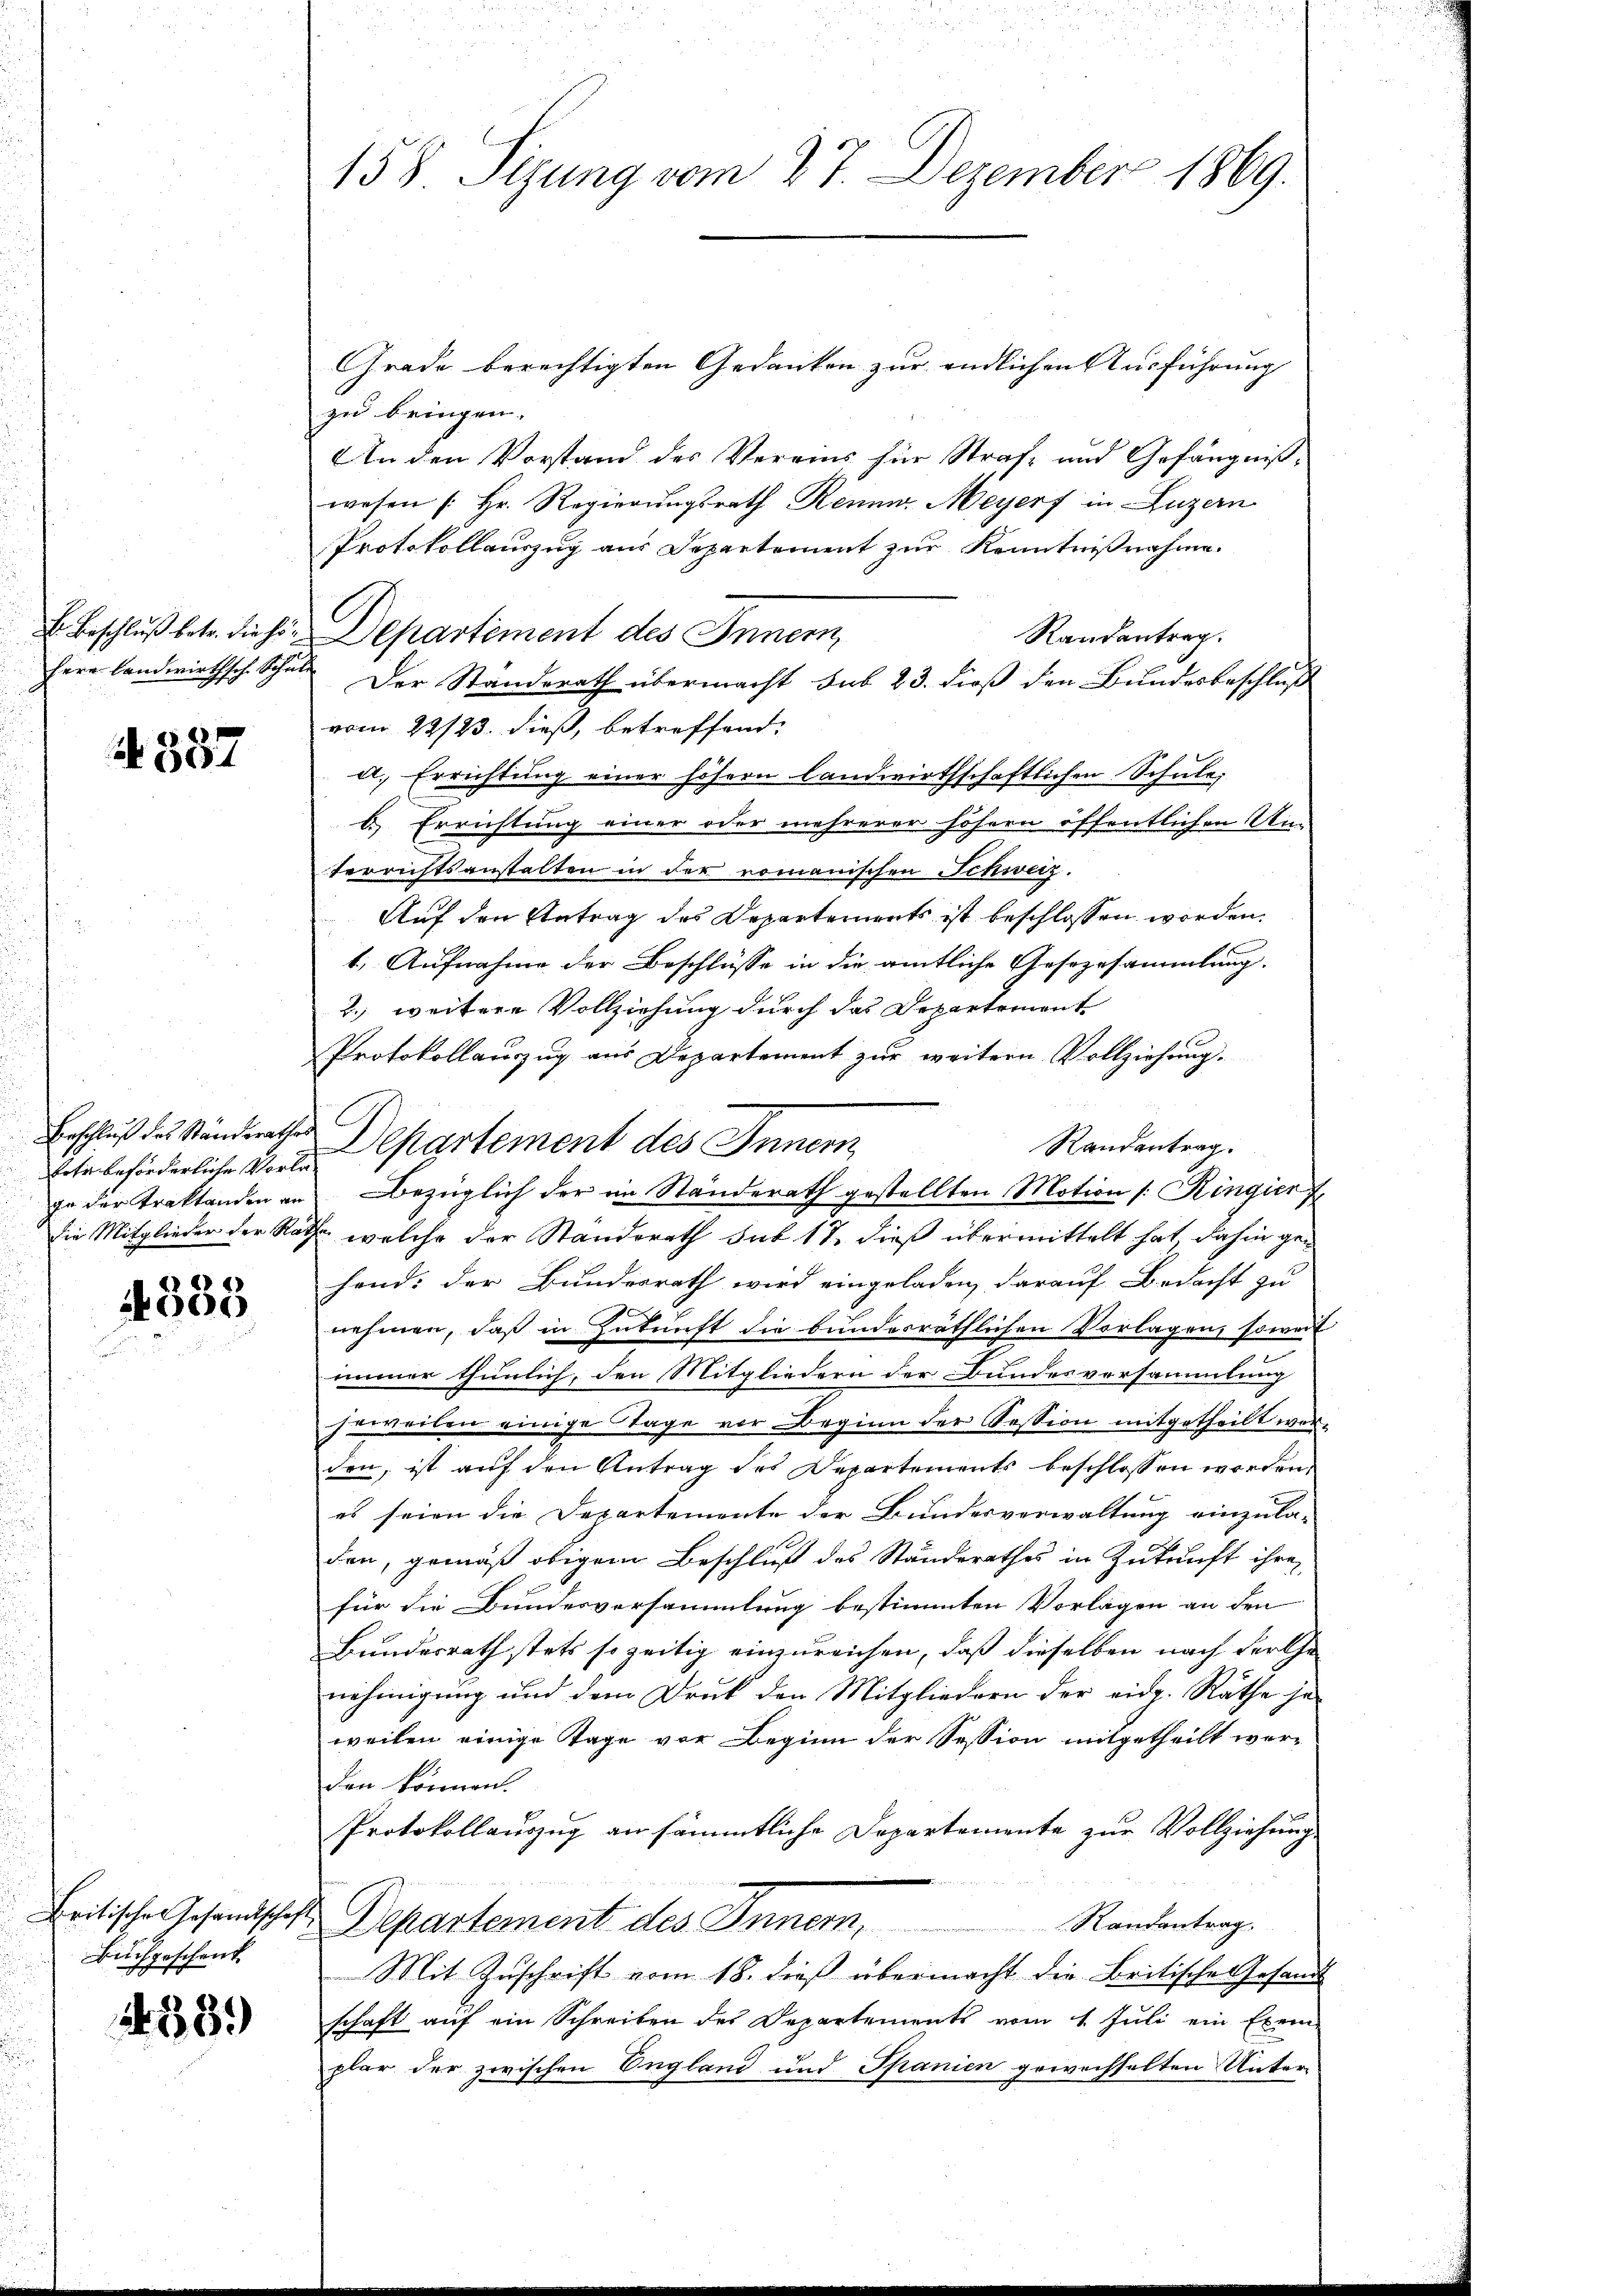
387

fehr beförderliche Vorla¬

4333

Buchgeschenk

238.

158 Sizung vom 27. Dezember 1869.

Grade berechtigten Gedanken zur endlichen Ausführung
zu bringen.
An den Vorstand des Vereins für Straf- und Gefängnißwesen (: Hr. Regierungsrath Reum Meyerf in Luzern
Protokollauszug aus Departement zur Kenntnißnahme.
E. Beschluß betr. diese Departement des Innern,
Randantrag.
fern landwirthsch. Schule. Der Standerath übermacht sub 23. dieß den Bundesbeschluß
vom 22/23. dieß, betreffend.
a. Errichtung einer höhern landwirthschaftlichen Schule:
b. Errichtung einer oder mehrerer höhern öffentlichen Un-
terrichtsanstalten in der romanischen Schweiz.
Auf den Antrag des Departements ist beschlossen worden.
1.) Aufnahme der Beschlüsse in die amtliche Gesezesammlung.
2. weitere Vollziehung durch das Departement
Protokollauszug aus Departement zur weitern Vollziehung.
Erschluß des Ständerathes Departement des Innern
Randantrag.
ge der Traktanden an Bezüglich der im Standerath gestellten Motion s. Ringier
sie Mitglieder der Rathe, welche der Standerath sub 11 dieß übermittelt hat, dahin gehend: der Bundesrath wird eingeladen, darauf Bedacht zu
nehmen, daß in Zukunft die bundesräthlichen Vorlagen, soweit
immer thunlich, den Mitgliedern der Bundesversammlung
jeweilen einige Stage vor Beginn der Session mitgetheilt werden, ist auf den Antrag des Departements beschlossen worden.
es seien die Departemente der Bundesverwaltung einzula-
den, gemäß obigem Beschluß des Ständerathes in Zukunft ihre
für die Bundesversammlung bestimmten Vorlagen an den
Bundesrath stets so zeitig einzureichen, daß dieselben nach der Genehmigung und dem Druk den Mitgliedern der eidg. Räthe je
weilen einige Tage vor Beginn der Session mitgetheilt wer-
den können.
Protokollauszug an sämmtliche Departemente zur Vollziehung.
Leitische Gesandschaft. Departement des Innern, Randantrag.
Mit Zuschrift vom 18. dieß übermacht die Britischen Gesandt
schaft auf ein Schreiben des Departements vom 1. Jŭli ein Exem-
plar der zwischen England und Spanien gewechselten Unter-